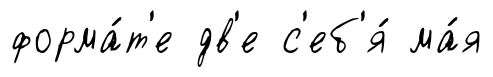
форма́т'е дв'е с'еб'я́ ма́я